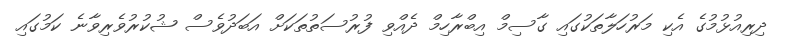
ދިރިއުޅުމުގެ އެކި މަރުހަލާތަކުގައި ގާސިމް އިބްރާހިމް ދެއްވި ފުރުސަތުތަކަށް އަބަދުވެސް ޝުކުރުވެރިވާނެ ކަމުގައި